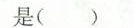
是 ( )